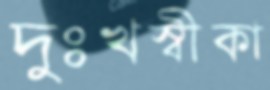
দুঃখস্বীকা